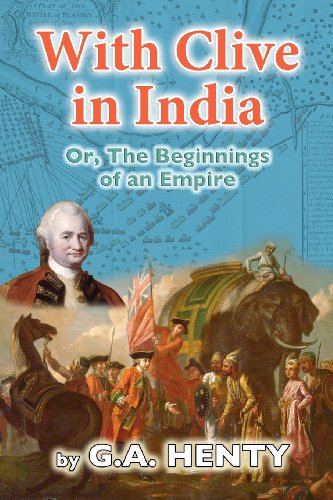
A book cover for With Clive in India: Or, The Beginnings of an Empire; G A Henty; Teen & Young Adult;